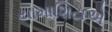
યામાશિટાએ